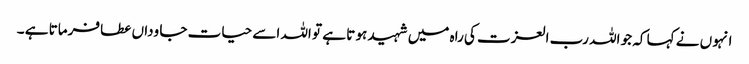
انہو ں نے کہا کہ جو اللہ رب العزت کی راہ میں شہید ہو تا ہے تو اللہ اسے حیات جا وداں عطا فرماتا ہے ۔